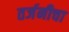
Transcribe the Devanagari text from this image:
तर्जनीचा